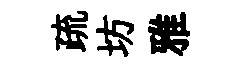
疏坊雅